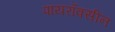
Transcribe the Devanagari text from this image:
पायरॉक्सीन